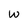
Character: W